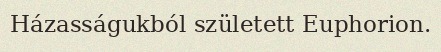
Házasságukból született Euphorion.